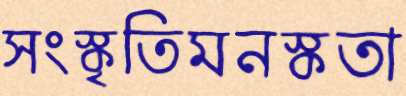
সংস্কৃতিমনস্কতা